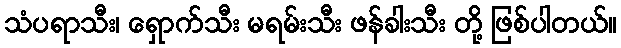
သံပရာသီး၊ ရှောက်သီး မရမ်းသီး ဖန်ခါးသီး တို့ ဖြစ်ပါတယ်။